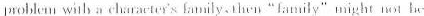
problem wily a chirae!or's family.Then"Tamilγ"might not he